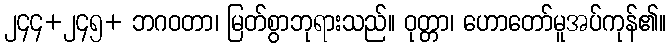
၂၄၄+၂၄၅+ ဘဂဝတာ၊ မြတ်စွာဘုရားသည်။ ဝုတ္တာ၊ ဟောတော်မူအပ်ကုန်၏။